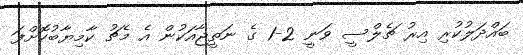
ބައްދަލުކުރި އިރު ޗެލްސީ ވަނީ 2-1 ގެ ނަތީޖާއަކުން އެ މެޗު ކާމިޔާބުކޮށްފަ